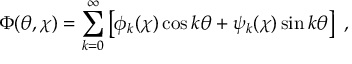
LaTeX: \Phi ( \theta , \chi ) = \sum _ { k = 0 } ^ { \infty } \left[ \phi _ { k } ( \chi ) \cos k \theta + \psi _ { k } ( \chi ) \sin k \theta \right] ~ ,